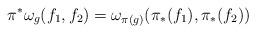
LaTeX: \begin{align*}\pi^*\omega_g(f_1,f_2)=\omega_{\pi(g)}(\pi_*(f_1), \pi_*(f_2))\end{align*}